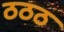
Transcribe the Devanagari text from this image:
ठठठ